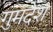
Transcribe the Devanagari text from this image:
गुमदेश